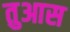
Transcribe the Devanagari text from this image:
तुआस